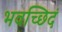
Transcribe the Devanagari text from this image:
भवच्छिदं